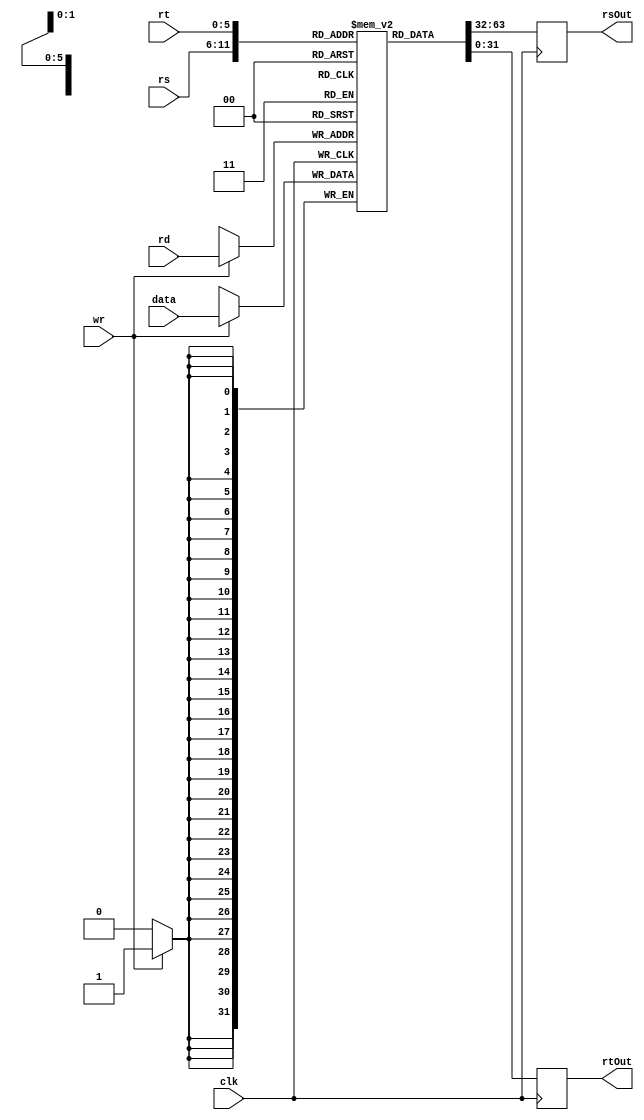
`timescale 1ns / 1ps
//////////////////////////////////////////////////////////////////////////////////
// Company: Santa Clara University
// 
// Design Name: 
// Module Name: reg_file
// Project Name: 
// Target Devices: 
// Tool Versions: 
// Description: 
// 
// Dependencies: 
// 
// Revision:
// Revision 0.01 - File Created
// Additional Comments:
// 
//////////////////////////////////////////////////////////////////////////////////


module reg_file(
    wr, rs, rt, rd, data, rsOut, rtOut, clk
    );
    input wr, clk;                  // define inputs and outputs
    input [5:0] rs, rt, rd;
    input [31:0] data;
    output reg [31:0] rsOut, rtOut;
    
    reg [31:0] registers[63:0];     // an array of 64 registers each 32 bits wide

    always@(negedge clk) begin
    rsOut = registers[rs];          // we are always reading rs to rsOut
    rtOut = registers[rt];          // same with rtOut
        if (wr) begin               // if write signal is 1
            registers[rd] = data;   // we write the data to the appropriate register specified by the address (rd)
        end
    end
endmodule